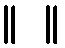
။ ။